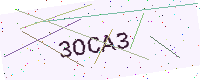
Text: 3OCA3